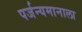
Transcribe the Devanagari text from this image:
पर्जन्यमानाला